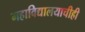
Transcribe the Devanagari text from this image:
महाविद्यालयाचीही